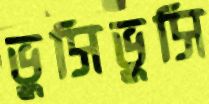
ভুসিভুসি